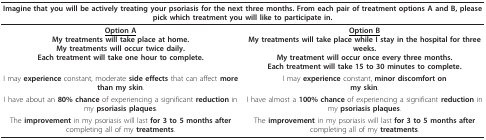
<table><thead><tr><td colspan="2"><b>Imagine that you will be actively treating your psoriasis for the next three months. From each pair of treatment options A and B, please pick which treatment you will like to participate in.</b></td></tr></thead><tbody><tr><td><b><underline>Option A</underline></b>My <b>treatments </b>will take place <b>at home</b>.My <b>treatments </b>will occur <b>twice daily</b>.Each <b>treatment </b>will take <b>one hour </b>to complete.</td><td><b><underline>Option B</underline></b>My <b>treatments </b>will take place while I <b>stay </b>in the <b>hospital </b>for <b>three weeks</b>.My <b>treatment </b>will occur <b>once every three months</b>.Each <b>treatment </b>will take <b>15 to 30 </b>minutes to complete.</td></tr><tr><td>I may <b>experience </b>constant, moderate <b>side effects </b>that can affect <b>more than my skin</b>.</td><td>I may <b>experience </b>constant, <b>minor discomfort on</b><b>my skin</b>.</td></tr><tr><td>I have about an <b>80% chance </b>of experiencing a significant <b>reduction </b>in my <b>psoriasis plaques</b>.</td><td>I have almost a <b>100% chance </b>of experiencing a significant <b>reduction </b>in my <b>psoriasis plaques</b>.</td></tr><tr><td>The <b>improvement </b>in my psoriasis will last <b>for 3 to 5 months after </b>completing all of my <b>treatments</b>.</td><td>The <b>improvement </b>in my psoriasis will last <b>for 3 to 5 months after </b>completing all of my <b>treatments</b>.</td></tr></tbody></table>